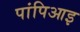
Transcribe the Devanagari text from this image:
पांपिआइ